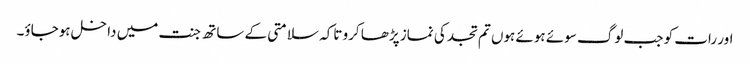
اور رات کو جب لوگ سوئے ہوئے ہوں تم تجد کی نماز پڑھا کرو تاکہ سلامتی کے ساتھ جنت میں داخل ہوجاؤ۔